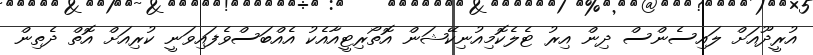
އުރީދޫއަށް ލައިސެންސް ދިން އިރު ޓެލެކޮމިއުނިކޭޝަން އޮތޯރިޓީއާއެކު އެއްބަސްވެފައިވަނީ ކުރިއަށް އޮތް ދެތިން